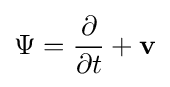
\Psi ={\frac {\partial }{\partial t}}+\mathbf {v}